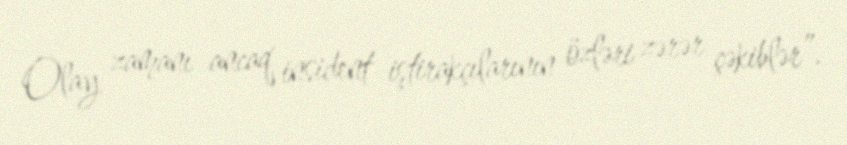
Olay zamanı ancaq insident iştirakçılarının özləri zərər çəkiblər”.